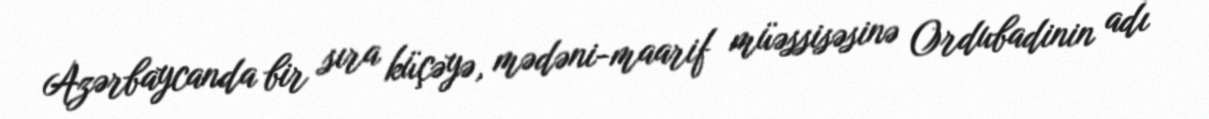
Azərbaycanda bir sıra küçəyə, mədəni-maarif müəssisəsinə Ordubadinin adı